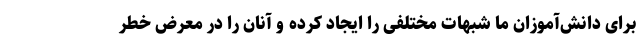
برای دانش‌آموزان ما شبهات مختلفی را ایجاد کرده و آنان را در معرض خطر